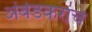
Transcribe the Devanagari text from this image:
अंबेडकरांचे